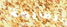
للجريمة